Vaccination in Bombay 1902-1912 - 1902-1912
Year: 1902
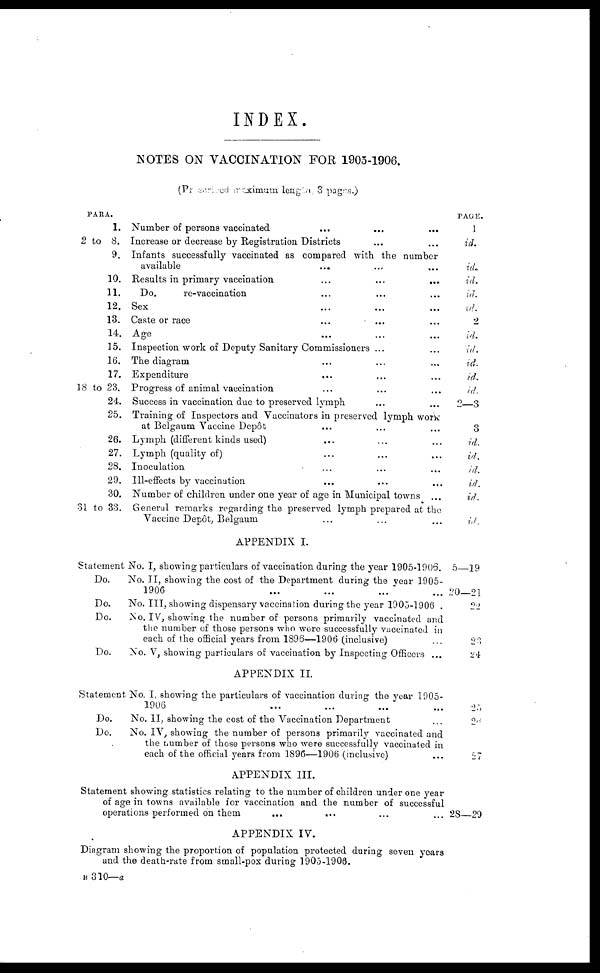
INDEX.
NOTES ON VACCINATION FOR 1905-1906.
(Prescribed maximum length 3 pages.)
PARA.
1.
2 to 8.
9.
10.
11.
12.
13.
14.
15.
16.
17.
18 to 23.
24.
25.
26.
27.
28.
29.
30.
31 to 33.
Number of persons vaccinated ... ... ...
Increase or decrease by Registration Districts ... ...
Infants successfully vaccinated as compared with the number
available ... ... ...
Results in primary vaccination
...
...
...
Do.
re-vaccination ... ... ...
Sex ... ... ...
Caste or race
...
... ...
Age ... ... ...
Inspection work of Deputy Sanitary Commissioners ... ...
The diagram ... ... ...
Expenditure ... ... ...
Progress of animal vaccination
Success in vaccination due to preserved lymph ... ...
Training of Inspectors and Vaccinators in preserved lymph work
at Belgaum Vaccine Depôt ... ... ...
Lymph (different kinds used) ... ... ...
Lymph (quality of) ... ... ...
Inoculation ... ... ...
Ill-effects by vaccination ... ... ...
Number of children under one year of age in Municipal towns ...
General remarks regarding the preserved lymph prepared at the
Vaccine Depôt, Belgaum ... ... ...
PAGE.
1
id.
id.
id.
id.
id.
2
id.
id.
id.
id.
id.
2—3
3
id.
id.
id.
id.
id.
id.
APPENDIX I.
Statement No. I, showing particulars of vaccination during the year 1905-1906.
Do.
No. II, showing the cost of the Department during the year 1905-
1906
Do.
No. III, showing dispensary vaccination during the year 1905-1906 .
Do.
No. IV, showing the number of persons primarily vaccinated and
the number of those persons who were successfully vaccinated in
each of the official years from 1896—1906 (inclusive)
Do.
No. V, showing particulars of vaccination by Inspecting Officers ...
5—19
20—21
22
23
24
APPENDIX II.
Statement No. I, showing the particulars of vaccination during the year 1905-
1906 ... ... ... ...
Do.
No. II, showing the cost of the Vaccination Department ...
Do.
No. IV, showing the number of persons primarily vaccinated and
the number of those persons who were successfully vaccinated in
each of the official years from 1896—1906 (inclusive) ...
25
26
27
APPENDIX III.
Statement showing statistics relating to the number of children under one year
of age in towns available for vaccination and the number of successful
operations performed on them
... ... ... ...
28—29
APPENDIX IV.
Diagram showing the proportion of population protected during seven years
and the death-rate from small-pox during 1905-1906.
B 310—a